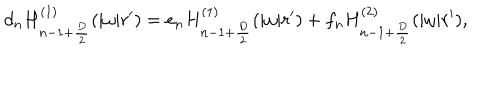
d _ { n } H _ { n - 1 + { \frac { D } { 2 } } } ^ { ( 1 ) } ( | \omega | r ^ { \prime } ) = e _ { n } H _ { n - 1 + { \frac { D } { 2 } } } ^ { ( 1 ) } ( | \omega | r ^ { \prime } ) + f _ { n } H _ { n - 1 + { \frac { D } { 2 } } } ^ { ( 2 ) } ( | \omega | r ^ { \prime } ) ,